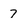
Character: 7